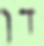
דן